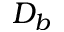
D _ { b }